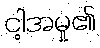
ငါ့အမှု၏